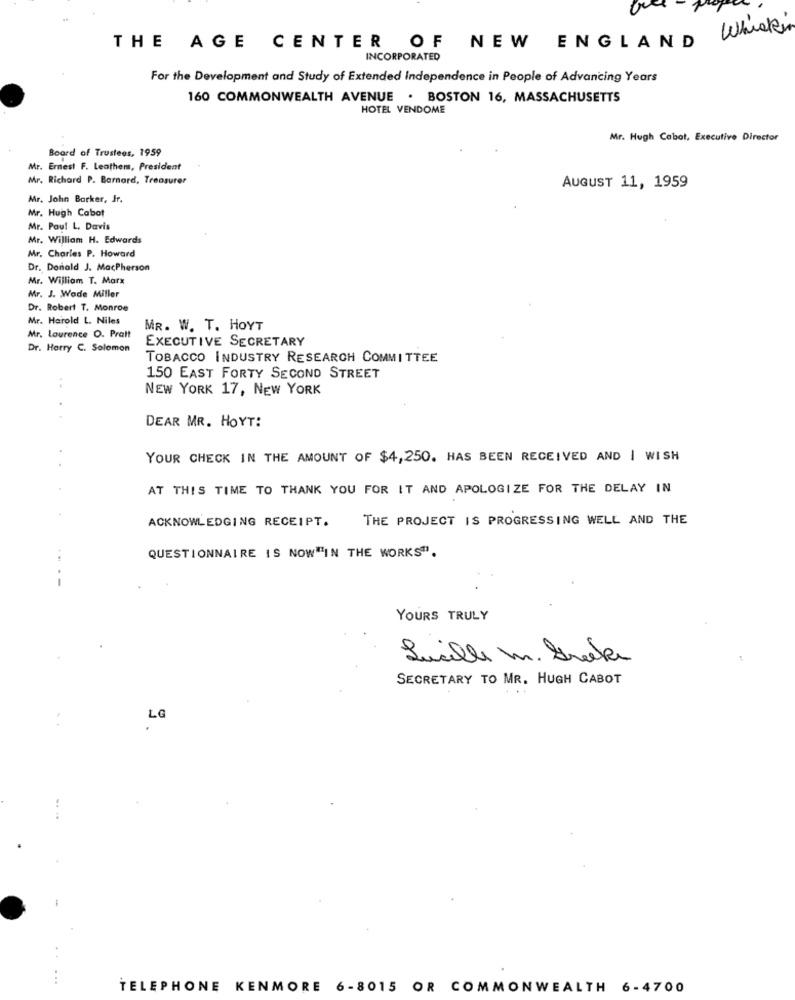
Whisker
THE AGE CENTER OF NEW ENGLAND
INCORPORATED
For the Development and Study of Extended Independence in People of Advancing Years
160 COMMONWEALTH AVENUE . BOSTON 16, MASSACHUSETTS
HOTEL VENDOME
Mr. Hugh Cabot, Executive Director
Board of Trustees, 1959
Mr. Ernest F. Leathem, President
Mr. Richard P. Barnard, Treasurer
AUGUST 11, 1959
Mr. John Barker, Jr.
Mr. Hugh Cabot
Mr. Paul L. Davis
Mr. William H. Edwards
Mr. Charles P. Howard
Dr. Donald J. MacPherson
Mr. William T. Marx
Mr. J. Wade Miller
Dr. Robert T. Monroe
Mr. Harold L. Niles
MR. W. T. HOYT
Mr. Laurence O. Pratt
EXECUTIVE SECRETARY
Dr. Harry C. Solomon
TOBACCO INDUSTRY RESEARCH COMMITTEE
150 EAST FORTY SECOND STREET
..
NEW YORK 17, NEW YORK
DEAR MR. HOYT:
YOUR CHECK IN THE AMOUNT OF $4,250. HAS BEEN RECEIVED AND I WISH
AT THIS TIME TO THANK YOU FOR IT AND APOLOGIZE FOR THE DELAY IN
ACKNOWLEDGING RECEIPT.
THE PROJECT IS PROGRESSING WELL AND THE
QUESTIONNAIRE IS NOW"IN THE WORKS".
YOURS TRULY
Juille m. brake
SECRETARY TO MR. HUGH CABOT
...
LG
TELEPHONE KENMORE 6-8015 OR COMMONWEALTH 6-4700